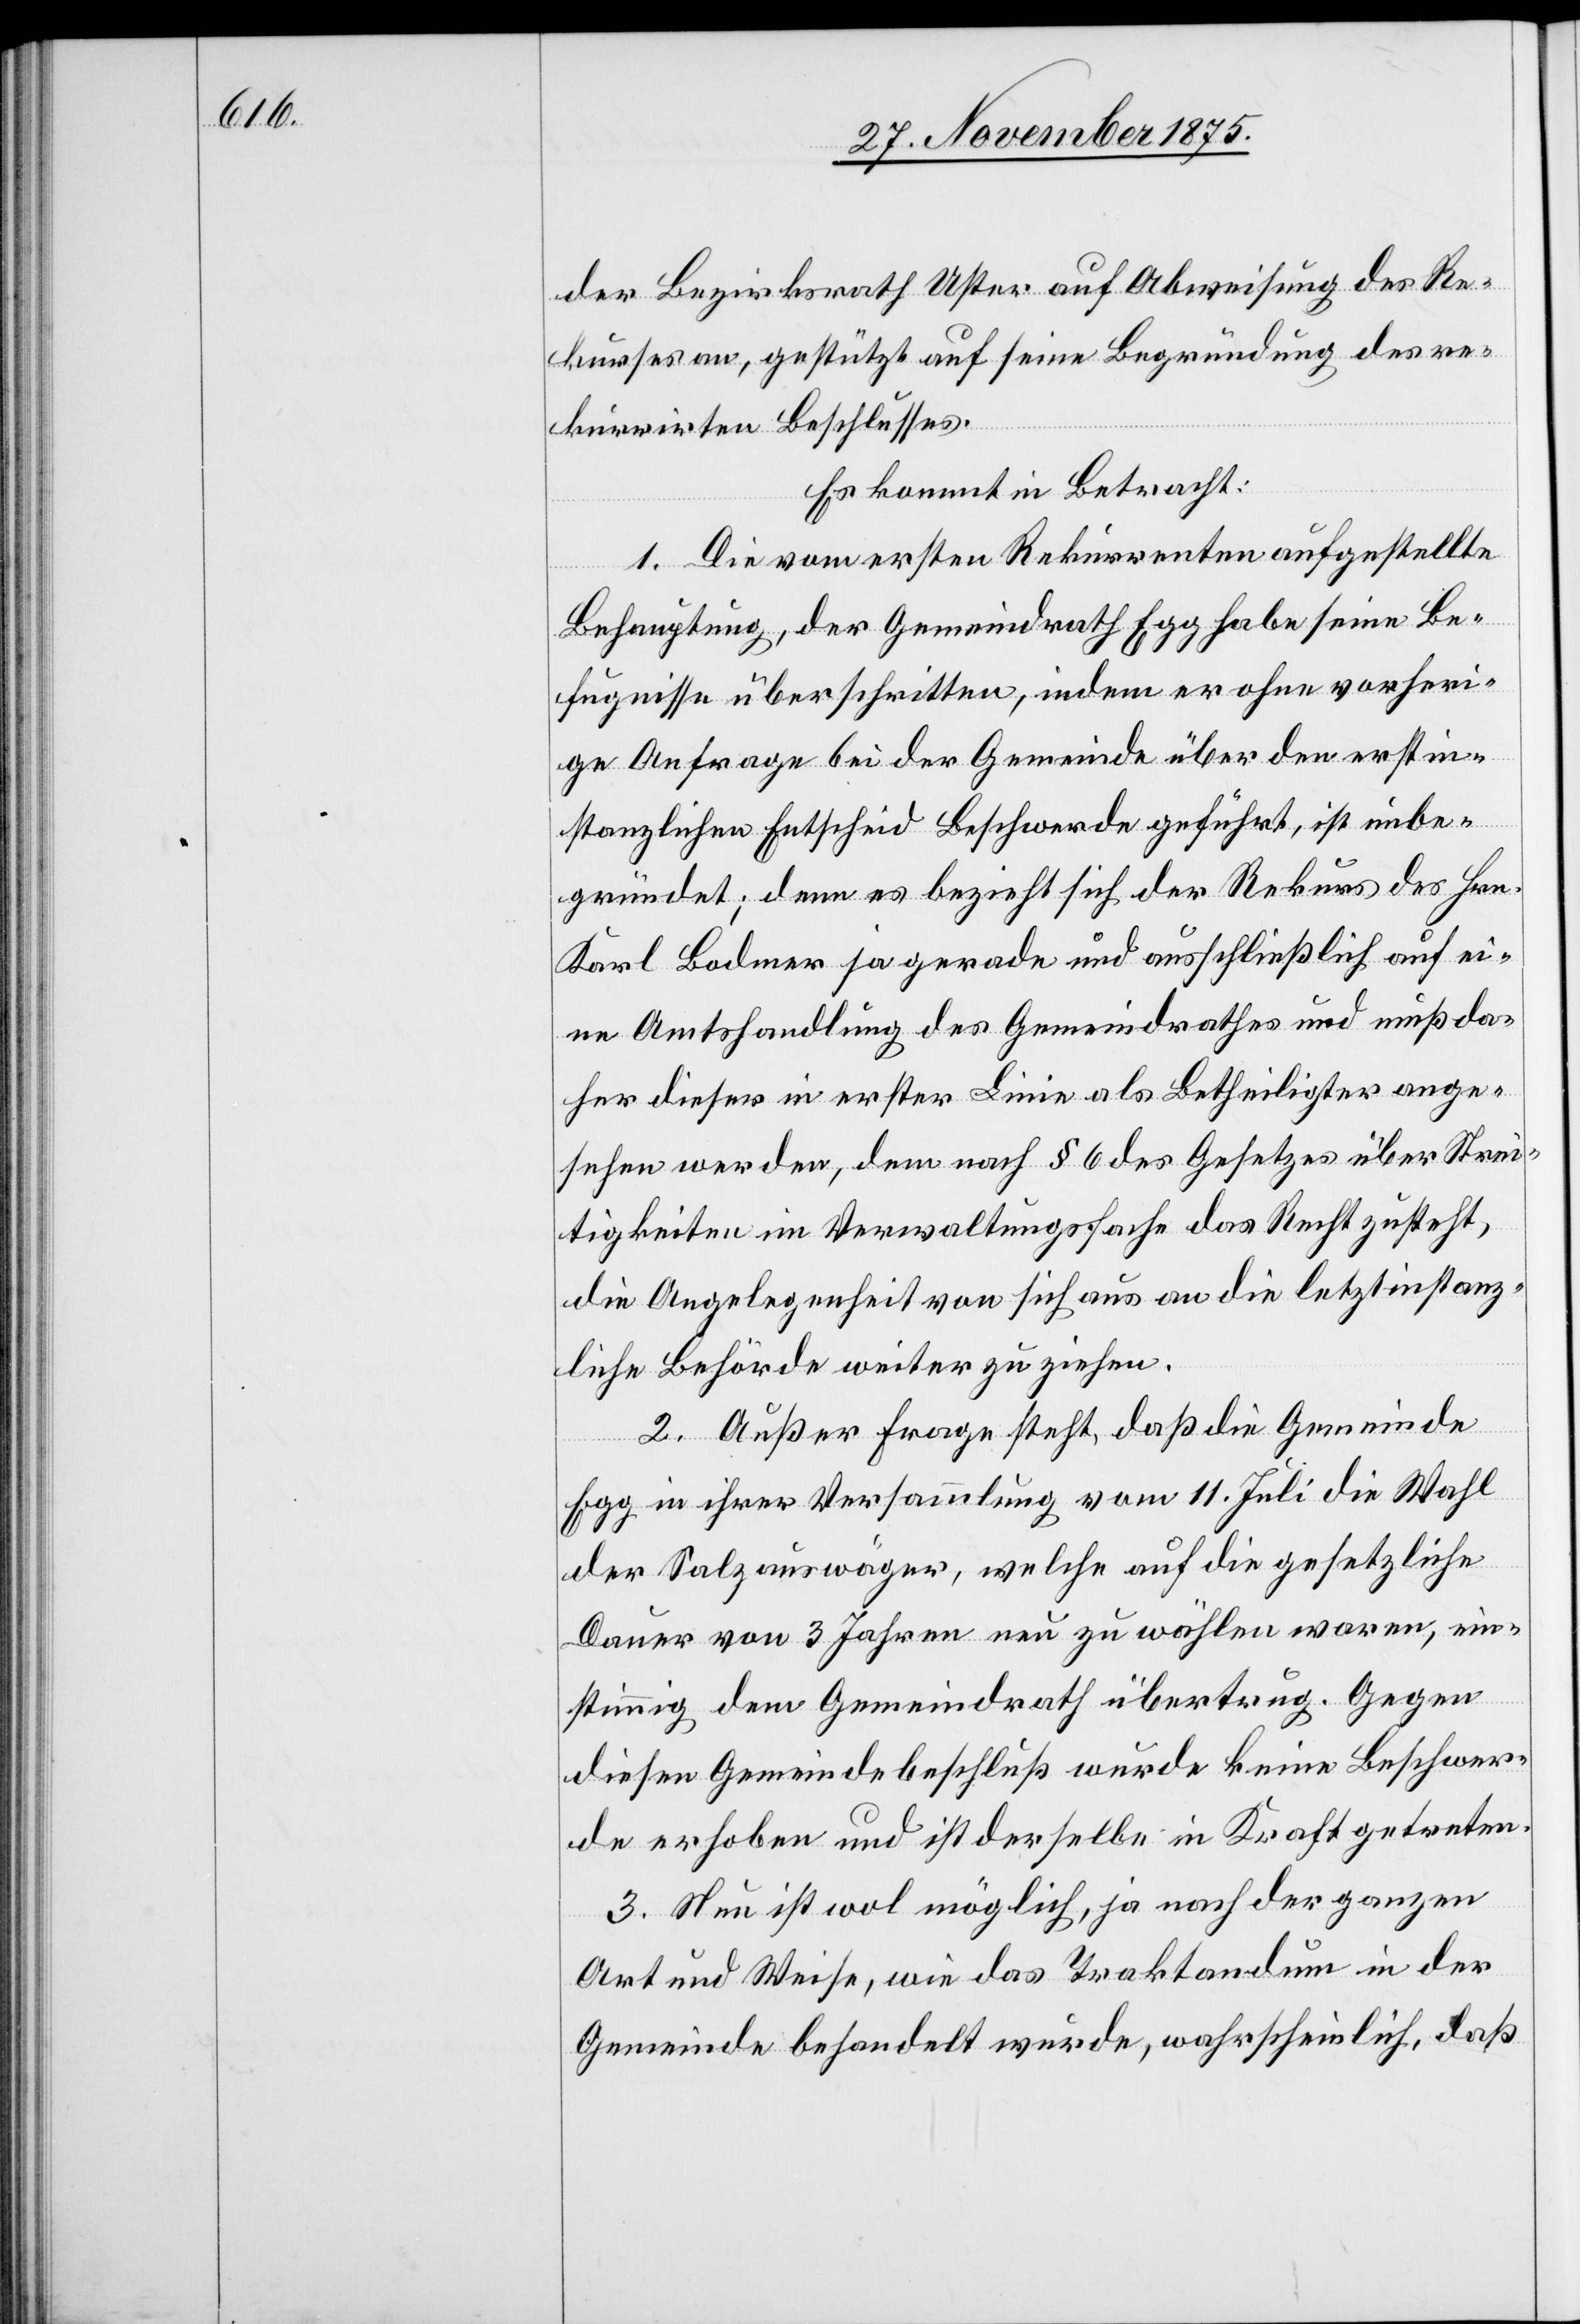
der Bezirksrath Uster auf Abweisung des Re¬
kurses an, gestützt auf seine Begründung des re¬
kurrirten Beschlusses.
Es kommt in Betracht:
1. Die vom ersten Rekurrenten aufgestellte
Behauptung, der Gemeindrath Egg habe seine Be¬
fugnisse überschritten, indem er ohne vorheri¬
ge Anfrage bei der Gemeinde über den erstin¬
stanzlichen Entscheid Beschwerde geführt, ist unbe¬
gründet; denn es bezieht sich der Rekurs des Hrn.
Karl Bodmer ja gerade und ausschließlich auf ei¬
ne Amtshandlung des Gemeindrathes und muß da¬
her dieser in erster Linie als Betheiligter ange¬
sehen werden, dem nach § 6 des Gesetzes über Strei¬
tigkeiten im Verwaltungsfache das Recht zusteht,
die Angelegenheit von sich aus an die letztinstanz¬
liche Behörde weiter zu ziehen.
2. Außer Frage steht, daß die Gemeinde
Egg in ihrer Versammlung vom 11. Juli die Wahl
der Salzauswäger, welche auf die gesetzliche
Dauer von 3 Jahren neu zu wählen waren, ein¬
stimmig dem Gemeindrath übertrug. Gegen
diesen Gemeindebeschluß wurde keine Beschwer¬
de erhoben und ist derselbe in Kraft getreten.
3. Nun ist wol möglich, ja nach der ganzen
Art und Weise, wie das Traktandum in der
Gemeinde behandelt wurde, wahrscheinlich, daß